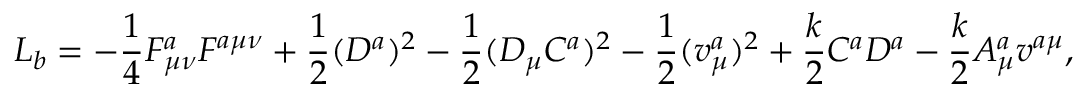
{ \cal L } _ { b } = - \frac { 1 } { 4 } F _ { \mu \nu } ^ { a } F ^ { a \mu \nu } + \frac { 1 } { 2 } ( D ^ { a } ) ^ { 2 } - \frac { 1 } { 2 } ( D _ { \mu } C ^ { a } ) ^ { 2 } - \frac { 1 } { 2 } ( v _ { \mu } ^ { a } ) ^ { 2 } + \frac { k } { 2 } C ^ { a } D ^ { a } - \frac { k } { 2 } A _ { \mu } ^ { a } v ^ { a \mu } ,